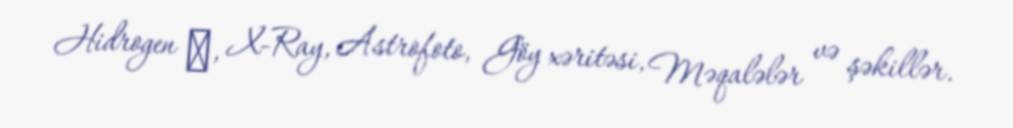
Hidrogen α, X-Ray, Astrofoto, Göy xəritəsi, Məqalələr və şəkillər.